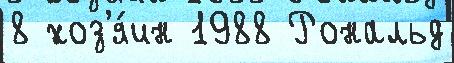
8 хоз'я́ин 1988 Рональд